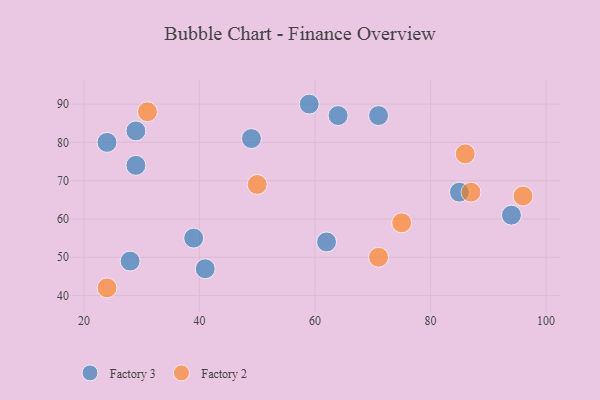
{"axis": {"x": "GDP", "y": "Life Expectancy"}, "legend": ["Factory 2", "Factory 3"], "data": [{"x": "94", "y": 61, "type": "Factory 3"}, {"x": "49", "y": 81, "type": "Factory 3"}, {"x": "71", "y": 87, "type": "Factory 3"}, {"x": "62", "y": 54, "type": "Factory 3"}, {"x": "41", "y": 47, "type": "Factory 3"}, {"x": "29", "y": 74, "type": "Factory 3"}, {"x": "28", "y": 49, "type": "Factory 3"}, {"x": "85", "y": 67, "type": "Factory 3"}, {"x": "64", "y": 87, "type": "Factory 3"}, {"x": "39", "y": 55, "type": "Factory 3"}, {"x": "24", "y": 80, "type": "Factory 3"}, {"x": "29", "y": 83, "type": "Factory 3"}, {"x": "59", "y": 90, "type": "Factory 3"}, {"x": "71", "y": 50, "type": "Factory 2"}, {"x": "75", "y": 59, "type": "Factory 2"}, {"x": "87", "y": 67, "type": "Factory 2"}, {"x": "24", "y": 42, "type": "Factory 2"}, {"x": "86", "y": 77, "type": "Factory 2"}, {"x": "96", "y": 66, "type": "Factory 2"}, {"x": "31", "y": 88, "type": "Factory 2"}, {"x": "50", "y": 69, "type": "Factory 2"}]}